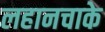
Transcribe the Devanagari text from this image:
लहानचाके